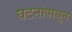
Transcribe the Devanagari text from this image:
घटनांपासून